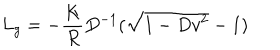
L _ { g } = - { \frac { K } { R } } D ^ { - 1 } ( \sqrt { 1 - D v ^ { 2 } } - 1 )